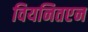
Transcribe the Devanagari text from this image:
वियनितएन